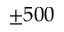
\pm 5 0 0